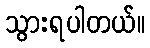
သွားရပါတယ်။